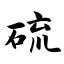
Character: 硫